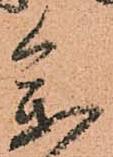
参